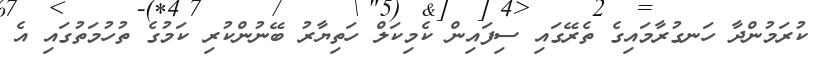
ކުރަމުންދާ ހަނގުރާމައިގެ ތެރޭގައި ސިފައިން ކެމިކަލް ހަތިޔާރު ބޭނުންކުރި ކަމުގެ ތުހުމަތުގައި އެ